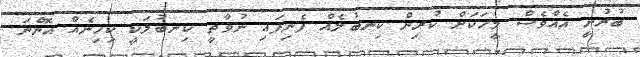
ބުރުނީ އެއްވެސް މީހަކަށް ކުރިން ކިނބުލެއް ފެނިފައި ނުވާތީ ކިނބުލަކީ ކިހިނެއް އޮންނަ